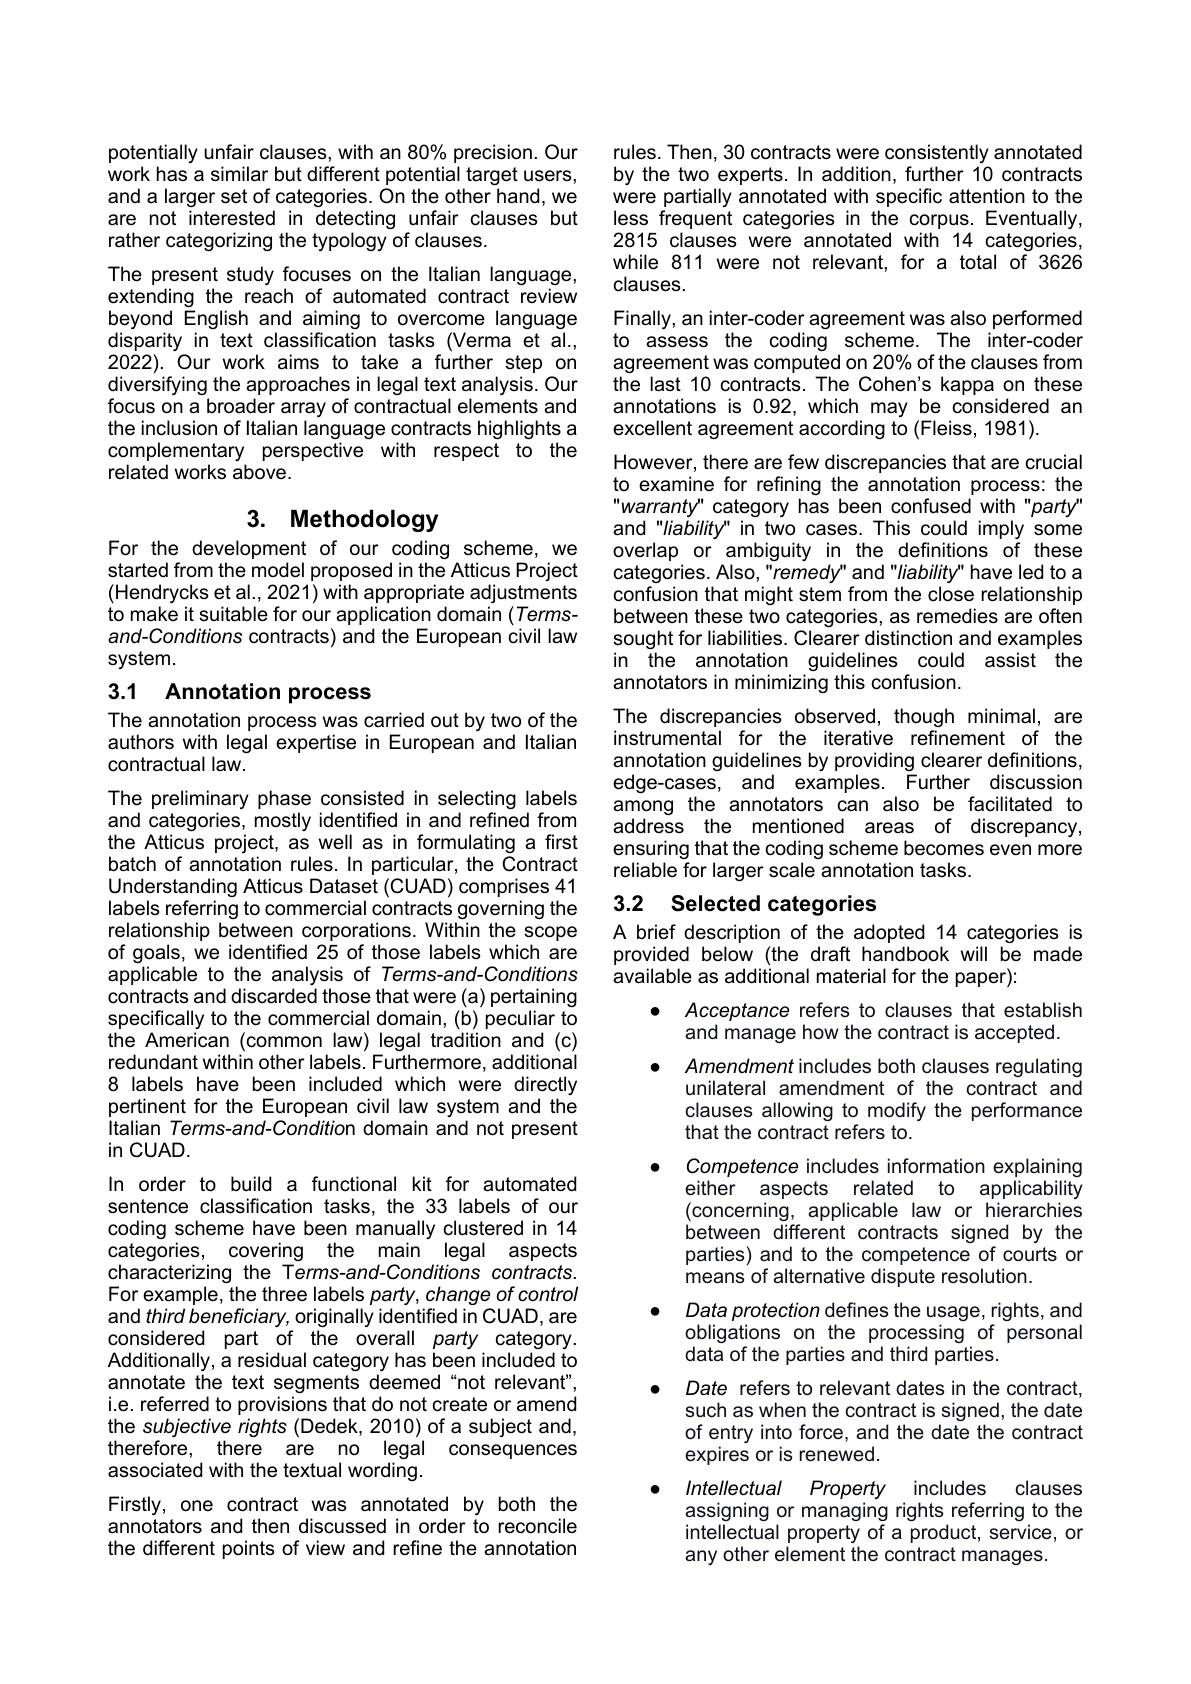
potentially unfair clauses, with an 80% precision. Our work has a similar but different potential target users, and a larger set of categories. On the other hand, we are not interested in detecting unfair clauses but rather categorizing the typology of clauses.
The present study focuses on the Italian language, extending the reach of automated contract review beyond English and aiming to overcome language disparity in text classification tasks (Verma et al., 2022). Our work aims to take a further step on diversifying the approaches in legal text analysis. Our focus on a broader array of contractual elements and the inclusion of Italian language contracts highlights a complementary perspective with respect to the related works above.

## 3. Methodology

For the development of our coding scheme, we started from the model proposed in the Atticus Project (Hendrycks et al., 2021) with appropriate adjustments to make it suitable for our application domain (Termsand-Conditions contracts) and the European civil law system.

### 3.1 Annotation process

The annotation process was carried out by two of the authors with legal expertise in European and Italian contractual law.

The preliminary phase consisted in selecting labels and categories, mostly identified in and refined from the Atticus project, as well as in formulating a first batch of annotation rules. In particular, the Contract Understanding Atticus Dataset (CUAD) comprises 41 labels referring to commercial contracts governing the relationship between corporations. Within the scope of goals, we identified 25 of those labels which are applicable to the analysis of Terms-and-Conditions contracts and discarded those that were (a) pertaining specifically to the commercial domain, (b) peculiar to the American (common law) legal tradition and (c) redundant within other labels. Furthermore, additional 8 labels have been included which were directly pertinent for the European civil law system and the italian Terms-and-Condition domain and not present $\operatorname{in}$ CUAD.
In order to build a functional kit for automated sentence classification tasks, the 33 labels of our coding scheme have been manually clustered in 14 categories, covering the main legal aspects characterizing the Terms-and-Conditions contracts. For example, the three labels party, change of control and third beneficiary, originally identified in CUAD, are considered part of the overall party category. Additionally, a residual category has been included to annotate the text segments deemed“not relevant", i.e. referred to provisions that do not create or amend the subjective rights (Dedek, 2010) of a subject and, therefore, there are no legal consequences associated with the textual wording.
Firstly, one contract was annotated by both the annotators and then discussed in order to reconcile the different points of view and refine the annotation

rules. Then, 30 contracts were consistently annotated by the two experts. In addition, further 10 contracts were partially annotated with specific attention to the less frequent categories in the corpus. Eventually, 2815 clauses were annotated with 14 categories while 811 were not relevant, for a total of 3626 clauses.
Finally, an inter-coder agreement was also performed to assess the coding scheme. The inter-coder agreement was computed on 20% of the clauses from the last 10 contracts. The Cohen's kappa on these annotations is 0.92, which may be considered an excellent agreement according to (Fleiss, 1981).
However, there are few discrepancies that are crucial to examine for refining the annotation process: the warranty" category has been confused with "party" and"liability" in two cases. This could imply some overlap or ambiguity in the definitions of these categories. Also, "remedy" and "liability" have led to a confusion that might stem from the close relationship between these two categories, as remedies are often sought for liabilities. Clearer distinction and examples in the annotation guidelines could assist the annotators in minimizing this confusion.
The discrepancies observed, though minimal, are instrumental for the iterative refinement of the annotation guidelines by providing clearer definitions, edge-cases, and examples. Further discussion among the annotators can also be facilitated to address the mentioned areas of discrepancy, ensuring that the coding scheme becomes even more reliable for larger scale annotation tasks.
3.2 Selected categories

A brief description of the adopted 14 categories is provided below (the draft handbook will be made available as additional material for the paper):

Acceptance refers to clauses that establish
and manage how the contract is accepted.
Amendment includes both clauses regulating unilateral amendment of the contract and clauses allowing to modify the performance that the contract refers to.
Competence includes information explaining either aspects related to applicability (concerning, applicable law or hierarchies between different contracts signed by the parties) and to the competence of courts or means of alternative dispute resolution.
Data protection defines the usage, rights, and obligations on the processing of personal data of the parties and third parties.
Date refers to relevant dates in the contract, such as when the contract is signed, the date of entry into force, and the date the contract expires or is renewed.
Intellectual Property includes clauses assigning or managing rights referring to the intellectual property of a product, service, or any other element the contract manages.